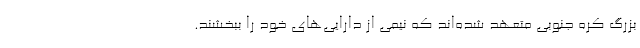
بزرگ کره جنوبی متعهد شده‌اند که نیمی از دارایی‌های خود را ببخشند.